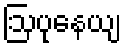
ဩပုနေယျ